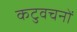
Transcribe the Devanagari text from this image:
कटुवचनों